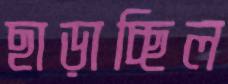
ছাড়াচ্ছিল